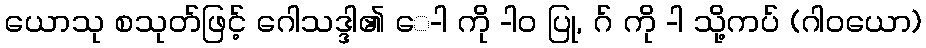
ယောသု စသုတ်ဖြင့် ဂေါသဒ္ဒါ၏ ေ-ါ ကို -ါဝ ပြု, ဂ် ကို -ါ သို့ကပ် (ဂါဝယော)